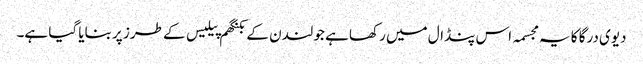
دیوی درگا کا یہ مجسمہ اس پنڈال میں رکھا ہے جو لندن کے بکنگھم پیلیس کے طرز پر بنایا گیا ہے۔